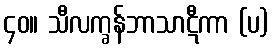
၄၀။ သီလက္ခန်ဘာသာဋီကာ (ပ)